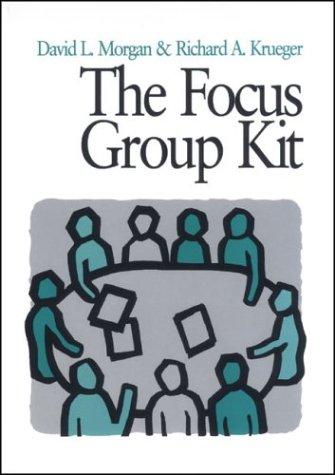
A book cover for The Focus Group Kit: Volumes 1-6; David L. Morgan; Reference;